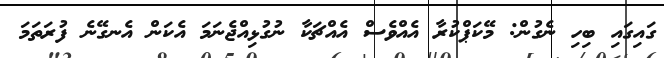
ގައިގައި ބިހި ނެގުން: މޭކަޕްކުރާ އެއްވެސް އެއްޗަކާ ނުގުޅިއްޖެނަމަ އެކަން އެނގޭނެ ފުރަތަމަ